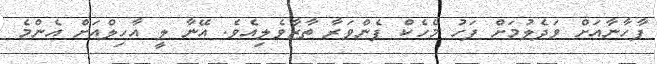
ފާހާނާއަށް ވަދެލުމަށް ފަހު މެހެކް ފެންވަރާ ތާޒާވެލިއެވެ. އޭނާ ލީ އާހިލްއަށް އެންމެ